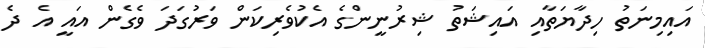
އައިމިނަތު ހިދާޔަތާއި އައިޝަތު ޝިރުނީންގެ އެކުވެރިކަން ވަރުގަދަ ވެގެން އައީ އެ ދެ